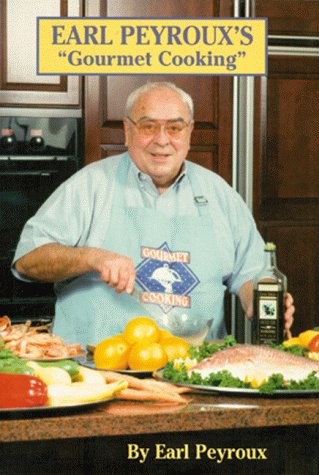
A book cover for Earl Peyroux's Gourmet Cooking; Earl Peyroux; Cookbooks, Food & Wine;